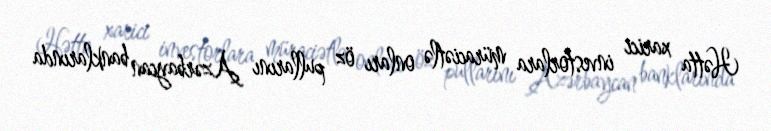
Hətta xarici investorlara müraciətlə onları öz pullarını Azərbaycan banklarında